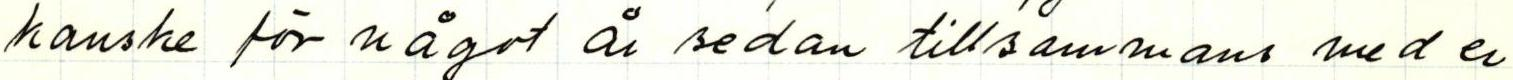
kanske för något år sedan tillsammans med er